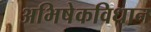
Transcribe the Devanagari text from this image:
अभिषेकविधान